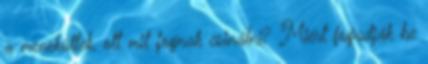
a menekültek, ott mit fognak csinálni? Miért fogadják be